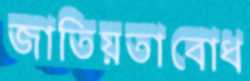
জাতিয়তাবোধ